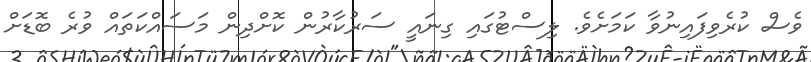
ވެސް ކުރެވިފައިނުވާ ކަމަށެވެ. ލިސްޓުގައި ގިނައީ ސަރުކާރުން ކޮށްދިން މަސައްކަތައް ވުރެ ބޮޑަށް